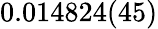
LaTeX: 0.014824(45)